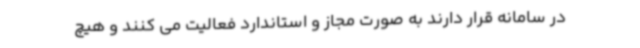
در سامانه قرار دارند به صورت مجاز و استاندارد فعالیت می کنند و هیچ